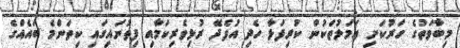
މިބާވަތުގެ ހަރުކަށި ޢަމަލުތަކުން ކުރިފަޅާ ހެދި އުފެދޭ ރުޅިވެރިކަމާއި ފިތުނައިގައި ކިތަންމެ ބައެއްގެ